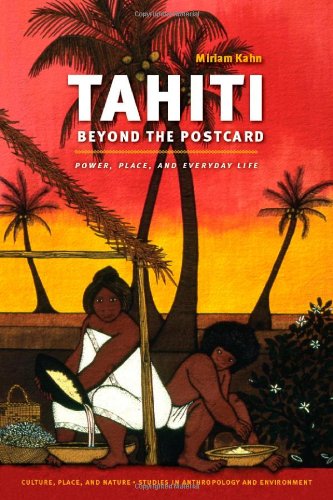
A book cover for Tahiti Beyond the Postcard: Power, Place, and Everyday Life (Culture, Place, and Nature); Miriam Kahn; History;